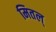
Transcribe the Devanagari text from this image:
मितल्